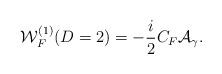
LaTeX: \begin{align*}{\cal W}^{(1)}_F (D=2)=-\frac{i}{2}C_F {\cal A}_{\gamma}.\end{align*}